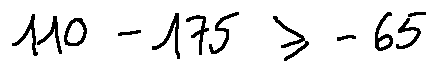
1 1 0 - 1 7 5 \geq - 6 5